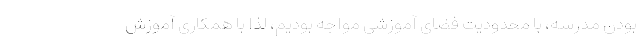
بودن مدرسه، با محدودیت فضای آموزشی مواجه بودیم، لذا با همکاری آموزش